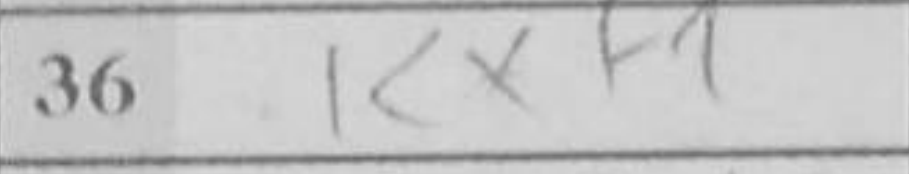
Transcription: Kxf1